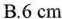
B.6cm